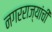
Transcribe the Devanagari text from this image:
नगरराज्यांची